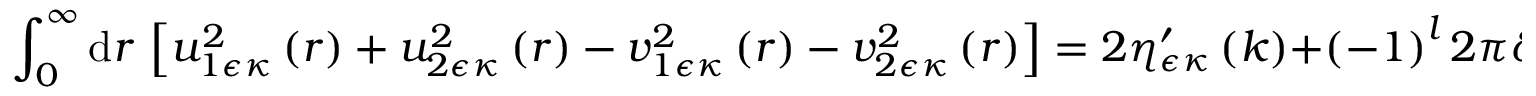
\int _ { 0 } ^ { \infty } \mathrm { d } r \, \left[ u _ { 1 \epsilon \kappa } ^ { 2 } \left( r \right) + u _ { 2 \epsilon \kappa } ^ { 2 } \left( r \right) - v _ { 1 \epsilon \kappa } ^ { 2 } \left( r \right) - v _ { 2 \epsilon \kappa } ^ { 2 } \left( r \right) \right] = 2 \eta _ { \epsilon \kappa } ^ { \prime } \left( k \right) + \left( - 1 \right) ^ { l } 2 \pi \delta \left( k \right) \sin ^ { 2 } \eta _ { \epsilon \kappa } \left( k \right) \, ,